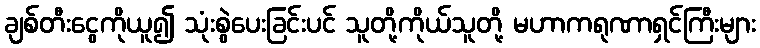
ချစ်တီးငွေကိုယူ၍ သုံးစွဲပေးခြင်းပင် သူတို့ကိုယ်သူတို့ မဟာကရုဏာရှင်ကြီးများ